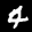
Label: 4